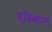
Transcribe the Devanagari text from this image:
द्विकालं